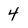
Character: 4